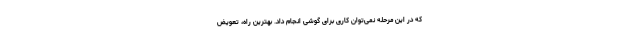
که در این مرحله نمی‌توان کاری برای گوشی انجام داد. بهترین راه، تعویض